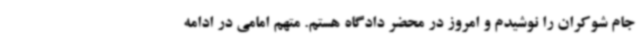
جام شوکران را نوشیدم و امروز در محضر دادگاه هستم. متهم امامی در ادامه